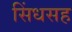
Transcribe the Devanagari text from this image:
सिंधसह